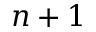
n + 1